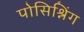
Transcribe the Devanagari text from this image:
पोसिश्निंग